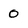
Character: 0